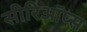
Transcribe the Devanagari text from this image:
सीरिऑप्स